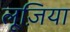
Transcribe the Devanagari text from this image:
लूज़िया